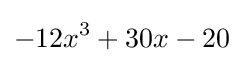
-12x^{3}+30x-20